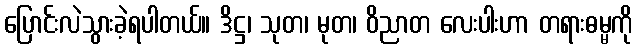
ပြောင်းလဲသွားခဲ့ရပါတယ်။ ဒိဋ္ဌ၊ သုတ၊ မုတ၊ ဝိညာတ လေးပါးဟာ တရားဓမ္မကို